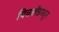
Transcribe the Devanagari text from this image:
पिचब्लेंडमधून